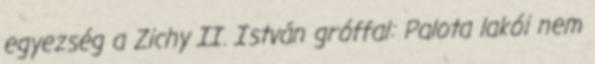
egyezség a Zichy II. István gróffal: Palota lakói nem